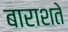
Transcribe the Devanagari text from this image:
बाराशते